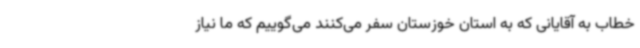
خطاب به آقایانی که به استان خوزستان سفر می‌کنند می‌گوییم که ما نیاز